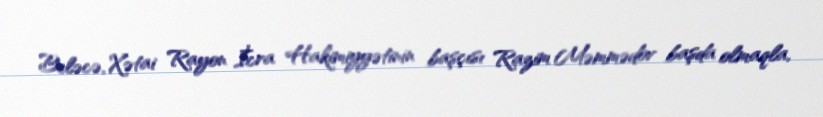
Beləcə, Xətai Rayon İcra Hakimiyyətinin başçısı Razim Məmmədov başda olmaqla,